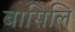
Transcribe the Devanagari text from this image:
बासिलि